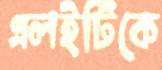
এলইটিকে